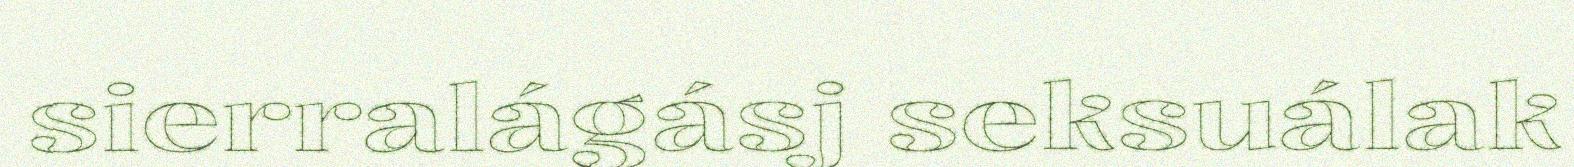
sierralágásj seksuálak